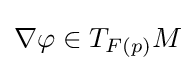
\nabla \varphi \in T_{F(p)}M